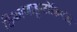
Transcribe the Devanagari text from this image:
ठिकाणाहून्टोकियोचे